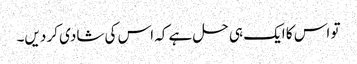
تو اس کا ایک ہی حل ہے کہ اس کی شادی کر دیں۔